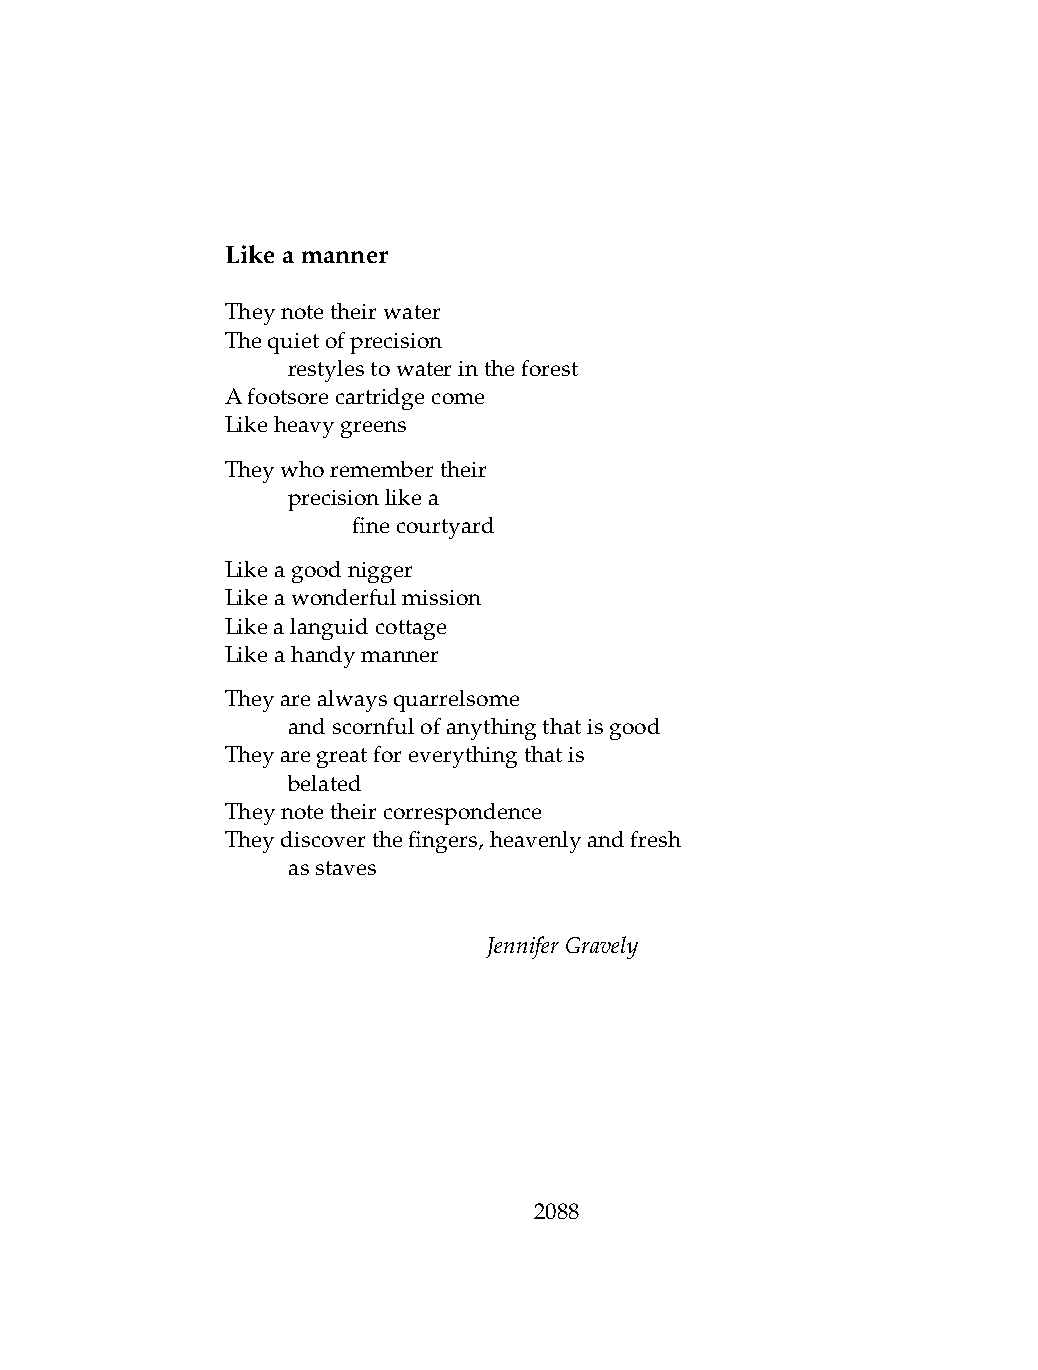
Likeamanner
 Theynotetheirwater
 Thequietofprecision
 .   restylestowaterintheforest
 Afootsorecartridgecome
 Likeheavygreens
 Theywhoremembertheir
 .   precisionlikea
 .   .   finecourtyard
 Likeagoodnigger
 Likeawonderfulmission
 Likealanguidcottage
 Likeahandymanner
 Theyarealwaysquarrelsome
 .   andscornfulofanythingthatisgood
 Theyaregreatforeverythingthatis
 .   belated
 Theynotetheircorrespondence
 Theydiscoverthefingers,heavenlyandfresh
 .   asstaves
 JenniferGravely
 2088